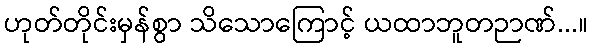
ဟုတ်တိုင်းမှန်စွာ သိသောကြောင့် ယထာဘူတဉာဏ်...။